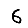
Digit: 6